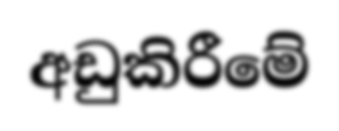
අඩුකිරීමේ